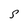
Character: S